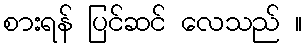
စားရန် ပြင်ဆင် လေသည် ။